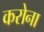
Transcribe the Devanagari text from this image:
करोना